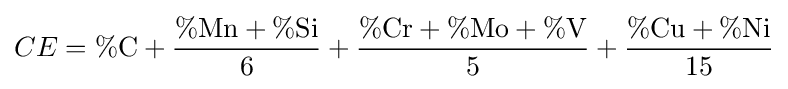
CE=\%{\text{C}}+{\frac {\%{\text{Mn}}+\%{\text{Si}}}{6}}+{\frac {\%{\text{Cr}}+\%{\text{Mo}}+\%{\text{V}}}{5}}+{\frac {\%{\text{Cu}}+\%{\text{Ni}}}{15}}